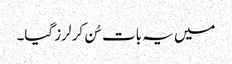
میں یہ بات سُن کر لرز گیا۔